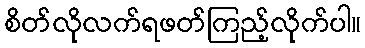
စိတ်လိုလက်ရဖတ်ကြည့်လိုက်ပါ။